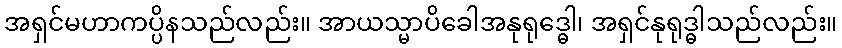
အရှင်မဟာကပ္ပိနသည်လည်း။ အာယသ္မာပိခေါအနုရုဒ္ဓေါ၊ အရှင်နုရုဒ္ဓါသည်လည်း။